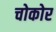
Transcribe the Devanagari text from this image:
चोकोर